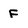
Character: F